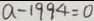
a - 1 9 9 4 = 0